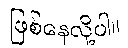
ဖြစ်နေလို့ပါ။